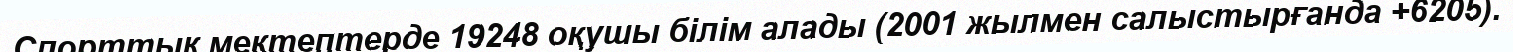
Спорттық мектептерде 19248 оқушы білім алады (2001 жылмен салыстырғанда +6205).